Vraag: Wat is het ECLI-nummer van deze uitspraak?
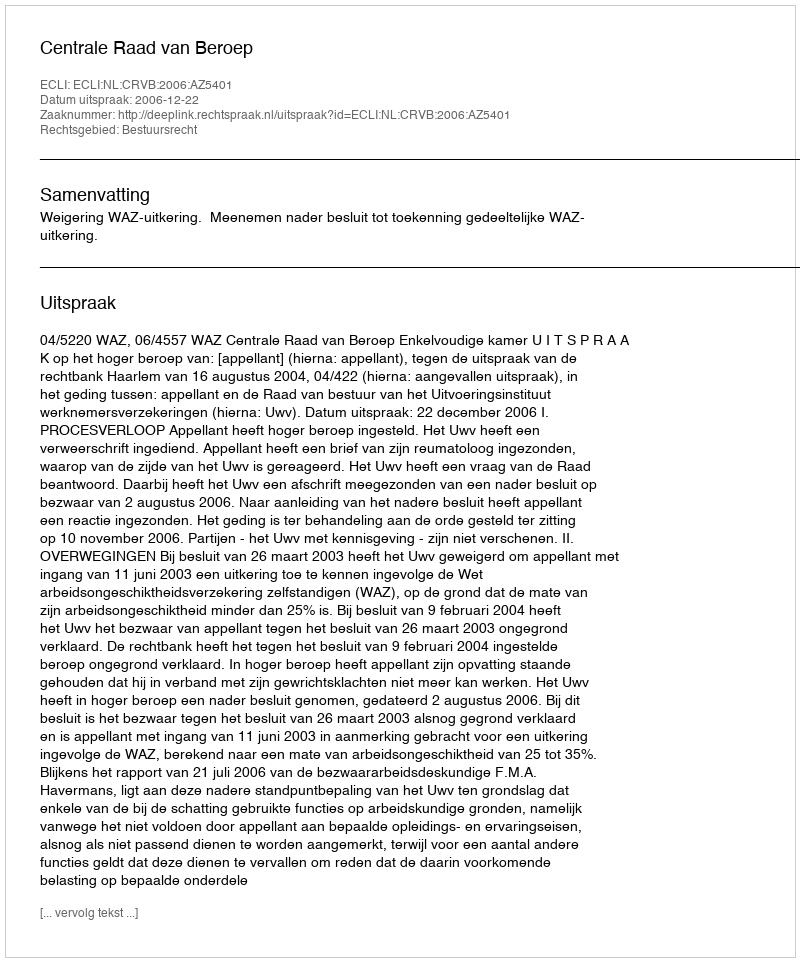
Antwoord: ECLI:NL:CRVB:2006:AZ5401